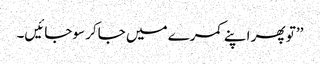
’’تو پھر اپنے کمرے میں جاکر سوجائیں۔